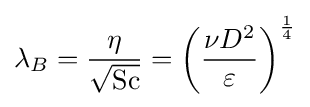
\lambda _{B}={\frac {\eta }{\sqrt {\mathrm {Sc} }}}=\left({\frac {\nu D^{2}}{\varepsilon }}\right)^{\frac {1}{4}}